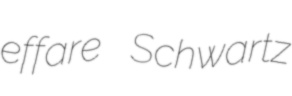
effare Schwartz